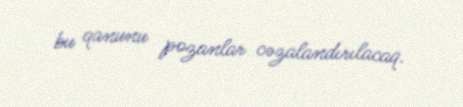
bu qanunu pozanlar cəzalandırılacaq.